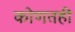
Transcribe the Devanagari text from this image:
कोणतही